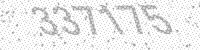
Solution: 337175